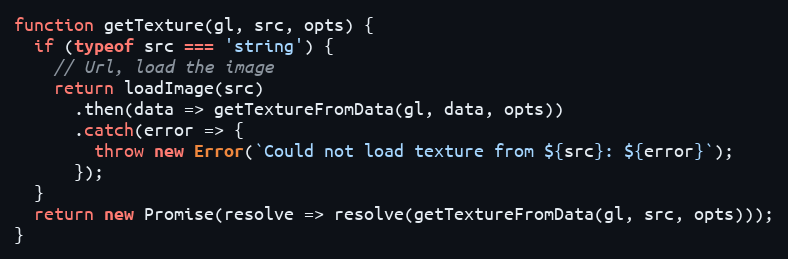
Language: JavaScript
function getTexture(gl, src, opts) {
  if (typeof src === 'string') {
    // Url, load the image
    return loadImage(src)
      .then(data => getTextureFromData(gl, data, opts))
      .catch(error => {
        throw new Error(`Could not load texture from ${src}: ${error}`);
      });
  }
  return new Promise(resolve => resolve(getTextureFromData(gl, src, opts)));
}